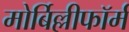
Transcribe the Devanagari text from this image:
मोर्बिल्लीफॉर्म